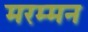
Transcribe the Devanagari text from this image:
मरम्मन